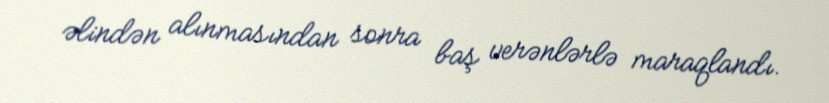
əlindən alınmasından sonra baş verənlərlə maraqlandı.